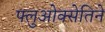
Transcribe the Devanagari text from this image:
फ्लुओक्सेतिने